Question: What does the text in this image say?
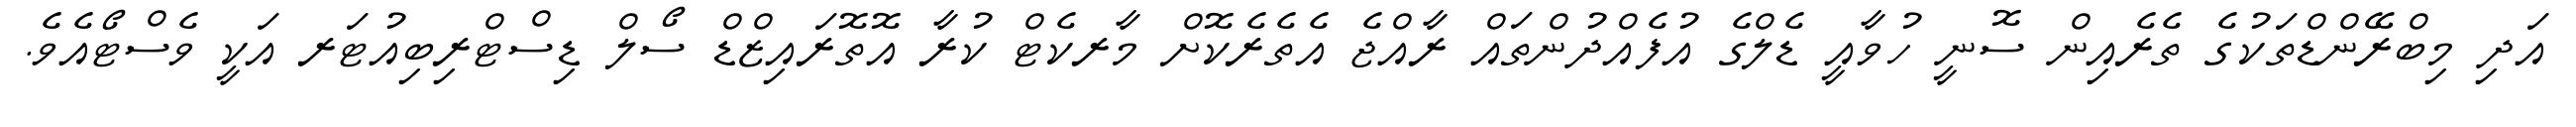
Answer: އަދި މިބްރޭންޑްތަކުގެ ތެރެއިން ސޮނީ ހުވާއީ ޑެލްގެ އުފެއްދުންތައް ރާއްޖެ އެތެރެކޮށް މާރކެޓް ކުރާ އޮތޮރައިޒްޑް ސޯލް ޑިސްޓްރިބިއުޓަރ އަކީ ވެސްޓޯއެވެ.